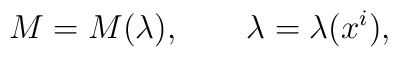
M=M(\lambda),\qquad \lambda =\lambda(x^i),